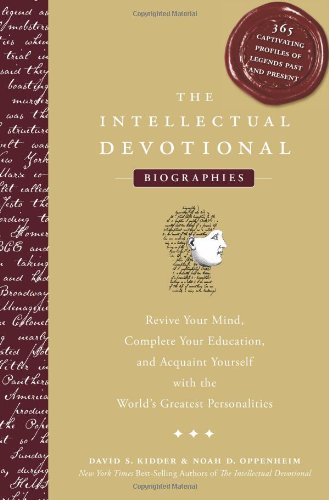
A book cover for The Intellectual Devotional Biographies: Revive Your Mind, Complete Your Education, and Acquaint Yourself with the World's Greatest Personalities; David S. Kidder; Biographies & Memoirs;